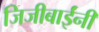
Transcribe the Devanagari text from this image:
जिजीबाईंनी